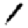
Digit: 1